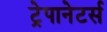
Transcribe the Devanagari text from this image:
ट्रेपानेटर्स